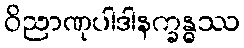
ဝိညာဏုပါဒါနက္ခန္ဓဿ